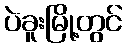
ပဲခူးမြို့တွင်